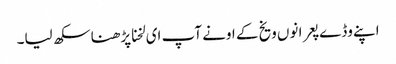
اپنے وڈے پعرا نوں ویخ کے اونے آپ ای لخنا پڑھنا سکھ لیا۔